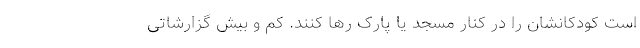
است کودکانشان را در کنار مسجد یا پارک رها کنند. کم و بیش گزارشاتی